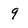
Character: 9